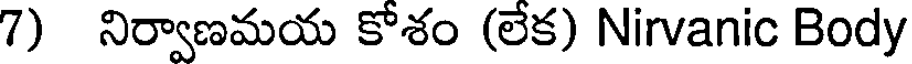
7) నిర్వాణమయ కోశం (లేక) Nirvanic Body